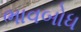
ભાવબોધ